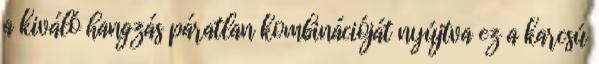
a kiváló hangzás páratlan kombinációját nyújtva ez a karcsú